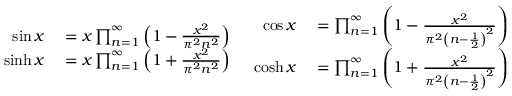
{ \begin{array} { r l } { \sin x } & { { } = x \prod _ { n = 1 } ^ { \infty } \left( 1 - { \frac { x ^ { 2 } } { \pi ^ { 2 } n ^ { 2 } } } \right) } \\ { \sinh x } & { { } = x \prod _ { n = 1 } ^ { \infty } \left( 1 + { \frac { x ^ { 2 } } { \pi ^ { 2 } n ^ { 2 } } } \right) } \end{array} } \ \, { \begin{array} { r l } { \cos x } & { { } = \prod _ { n = 1 } ^ { \infty } \left( 1 - { \frac { x ^ { 2 } } { \pi ^ { 2 } \left( n - { \frac { 1 } { 2 } } \right) ^ { 2 } } } \right) } \\ { \cosh x } & { { } = \prod _ { n = 1 } ^ { \infty } \left( 1 + { \frac { x ^ { 2 } } { \pi ^ { 2 } \left( n - { \frac { 1 } { 2 } } \right) ^ { 2 } } } \right) } \end{array} }